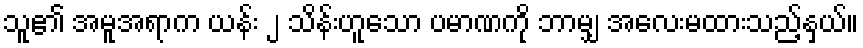
သူ၏ အမူအရာက ယန်း ၂ သိန်းဟူသော ပမာဏကို ဘာမျှ အလေးမထားသည့်နှယ်။